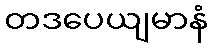
တဒပေယျမာနံ